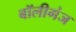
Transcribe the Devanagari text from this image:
बॉलीगंज